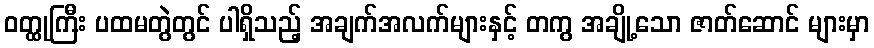
ဝတ္ထုကြီး ပထမတွဲတွင် ပါရှိသည့် အချက်အလက်များနှင့် တကွ အချို့သော ဇာတ်ဆောင် များမှာ